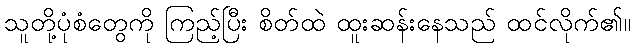
သူတို့ပုံစံတွေကို ကြည့်ပြီး စိတ်ထဲ ထူးဆန်းနေသည် ထင်လိုက်၏။